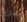
لهذا